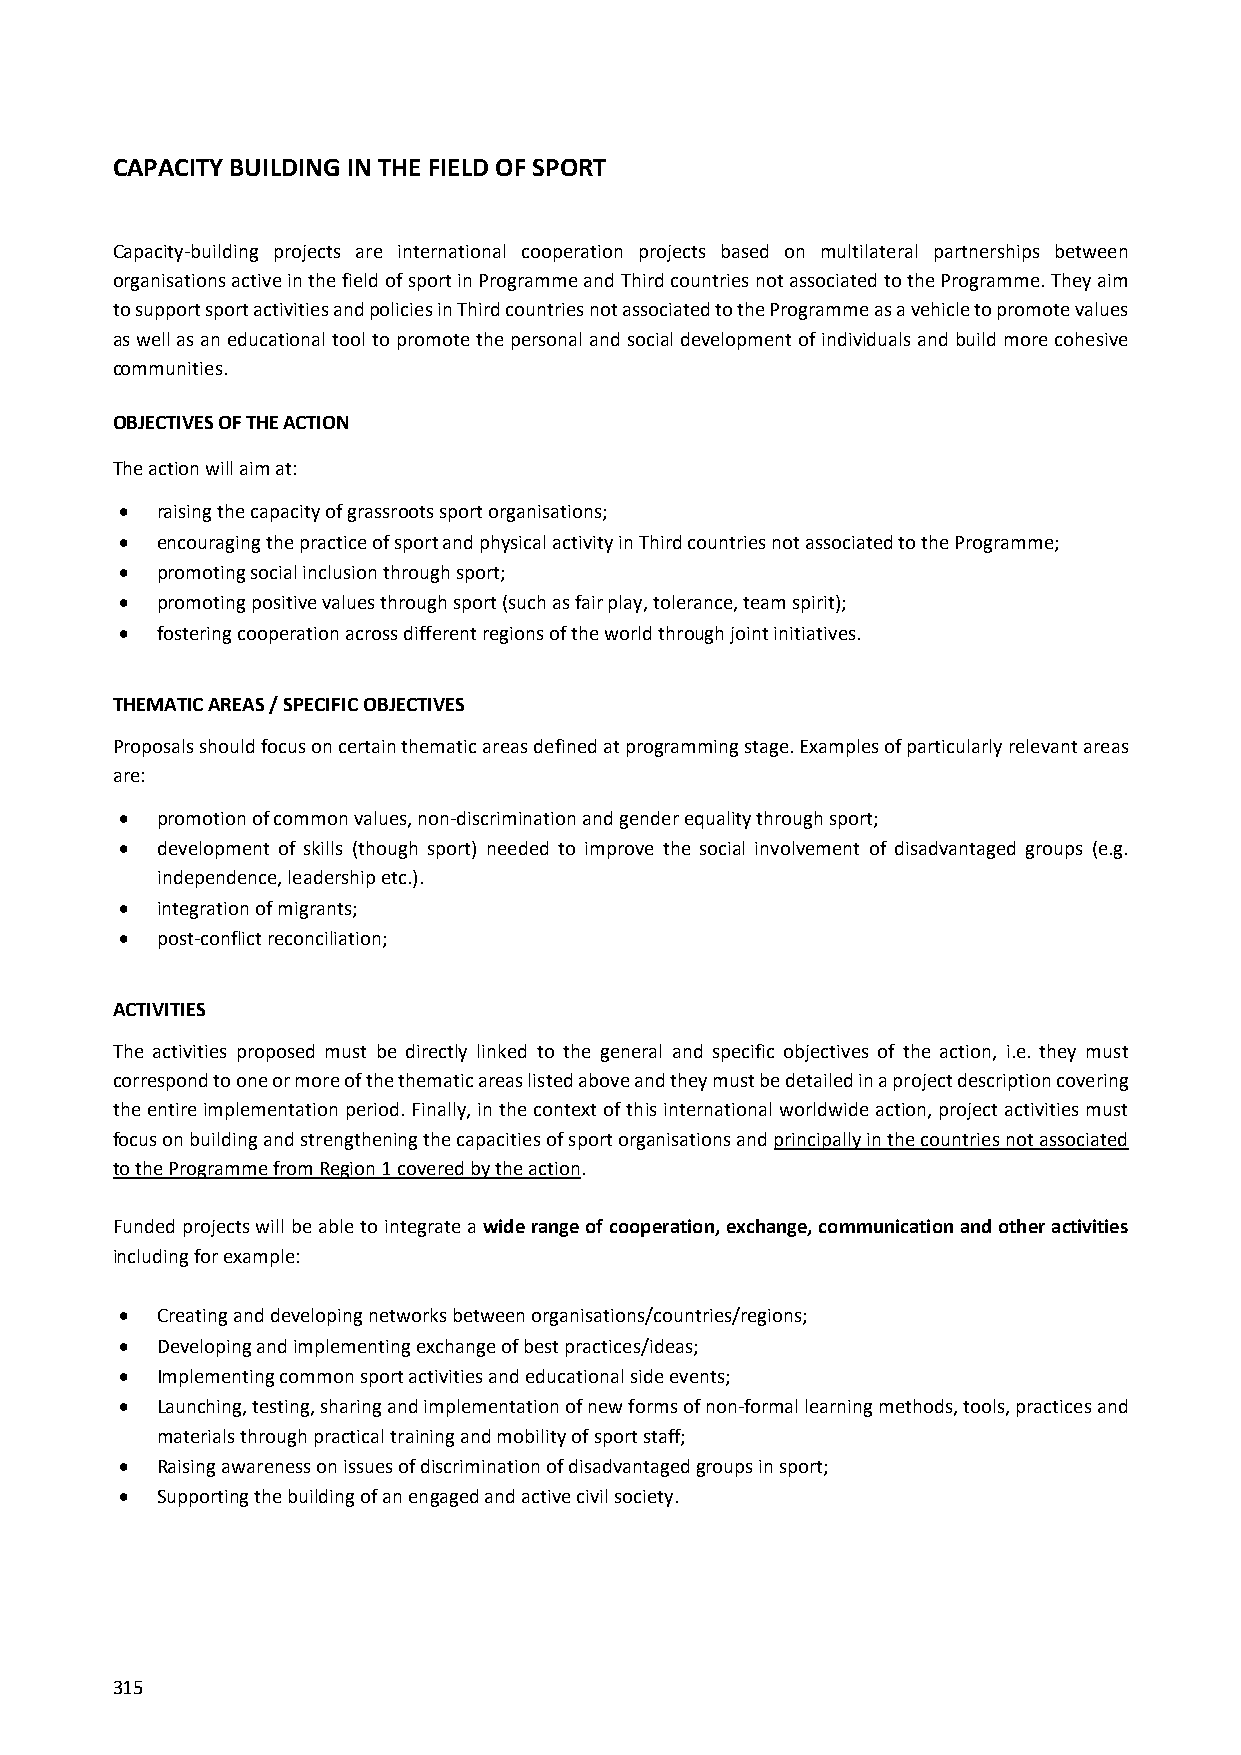
CAPACITY BUILDING IN THE FIELD OF SPORT
 Capacity‐building projects are international cooperation projects based on multilateral partnerships between
 organisations active in the field of sport in Programme and Third countries not associated to the Programme. They aim
 to support sport activities and policies in Third countries not associated to the Programme as a vehicle to promote values
 as well as an educational tool to promote the personal and social development of individuals and build more cohesive
 communities.
 OBJECTIVES OF THE ACTION
 The action will aim at:
  raising the capacity of grassroots sport organisations;
  encouraging the practice of sport and physical activity in Third countries not associated to the Programme;
  promoting social inclusion through sport;
  promoting positive values through sport (such as fair play, tolerance, team spirit);
  fostering cooperation across different regions of the world through joint initiatives.
 THEMATIC AREAS / SPECIFIC OBJECTIVES
 Proposals should focus on certain thematic areas defined at programming stage. Examples of particularly relevant areas
 are:
  promotion of common values, non‐discrimination and gender equality through sport;
  development of skills (though sport) needed to improve the social involvement of disadvantaged groups (e.g.
 independence, leadership etc.).
  integration of migrants;
  post‐conflict reconciliation;
 ACTIVITIES
 The activities proposed must be directly linked to the general and specific objectives of the action, i.e. they must
 correspond to one or more of the thematic areas listed above and they must be detailed in a project description covering
 the entire implementation period. Finally, in the context of this international worldwide action, project activities must
 focus on building and strengthening the capacities of sport organisations and principally in the countries not associated
 to the Programme from Region 1 covered by the action.
 Funded projects will be able to integrate a wide range of cooperation, exchange, communication and other activities
 including for example:
  Creating and developing networks between organisations/countries/regions;
  Developing and implementing exchange of best practices/ideas;
  Implementing common sport activities and educational side events;
  Launching, testing, sharing and implementation of new forms of non‐formal learning methods, tools, practices and
 materials through practical training and mobility of sport staff;
  Raising awareness on issues of discrimination of disadvantaged groups in sport;
  Supporting the building of an engaged and active civil society.
 315